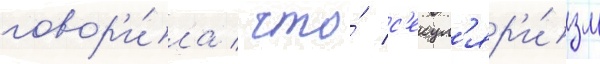
говор'и́ла / что́ с'екул'яр'и́зм